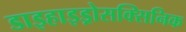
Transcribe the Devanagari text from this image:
डाइहाइड्रोसक्सिनिक